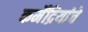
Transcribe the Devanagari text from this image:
कर्मेंद्रियांचे